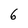
Character: 6